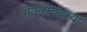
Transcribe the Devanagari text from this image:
सेऊणचंद्रच्या